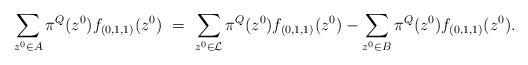
LaTeX: \begin{align*}\sum_{z^0 \in A} \pi^Q (z^0) f_{(0,1,1)} (z^0) &\ = \ \sum_{z^0\in {\cal L}} \pi^Q (z^0) f_{(0,1,1)} (z^0) - \sum_{z^0 \in B }\pi^Q (z^0) f_{(0,1,1)} (z^0).\end{align*}